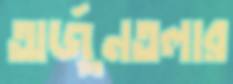
অর্জুনতলার